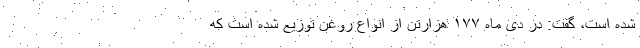
شده است، گفت: در دی ماه ۱۷۷ هزارتن از انواع روغن توزیع شده است که